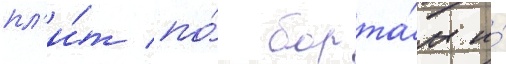
пл'и́т по́ борта́м и́